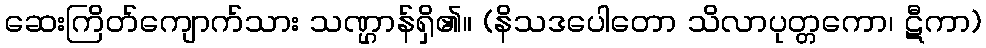
ဆေးကြိတ်ကျောက်သား သဏ္ဌာန်ရှိ၏။ (နိသဒပေါတော သိလာပုတ္တကော၊ ဋီကာ)